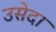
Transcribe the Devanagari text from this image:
उसेदा